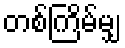
တစ်ကြိမ်မျှ